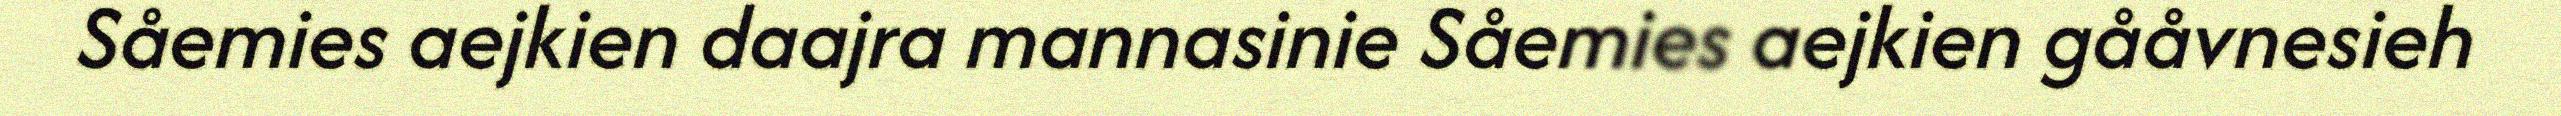
Såemies aejkien daajra mannasinie Såemies aejkien gååvnesieh